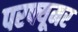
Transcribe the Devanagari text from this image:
परफ्यूमर